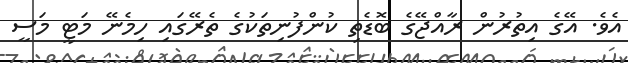
އެވެ. އޭގެ އިތުރުން ރާއްޖޭގެ ބޮޑެތި ކުންފުނިތަކުގެ ތެރޭގައި ހިމެނޭ މަޓީ މަސީ